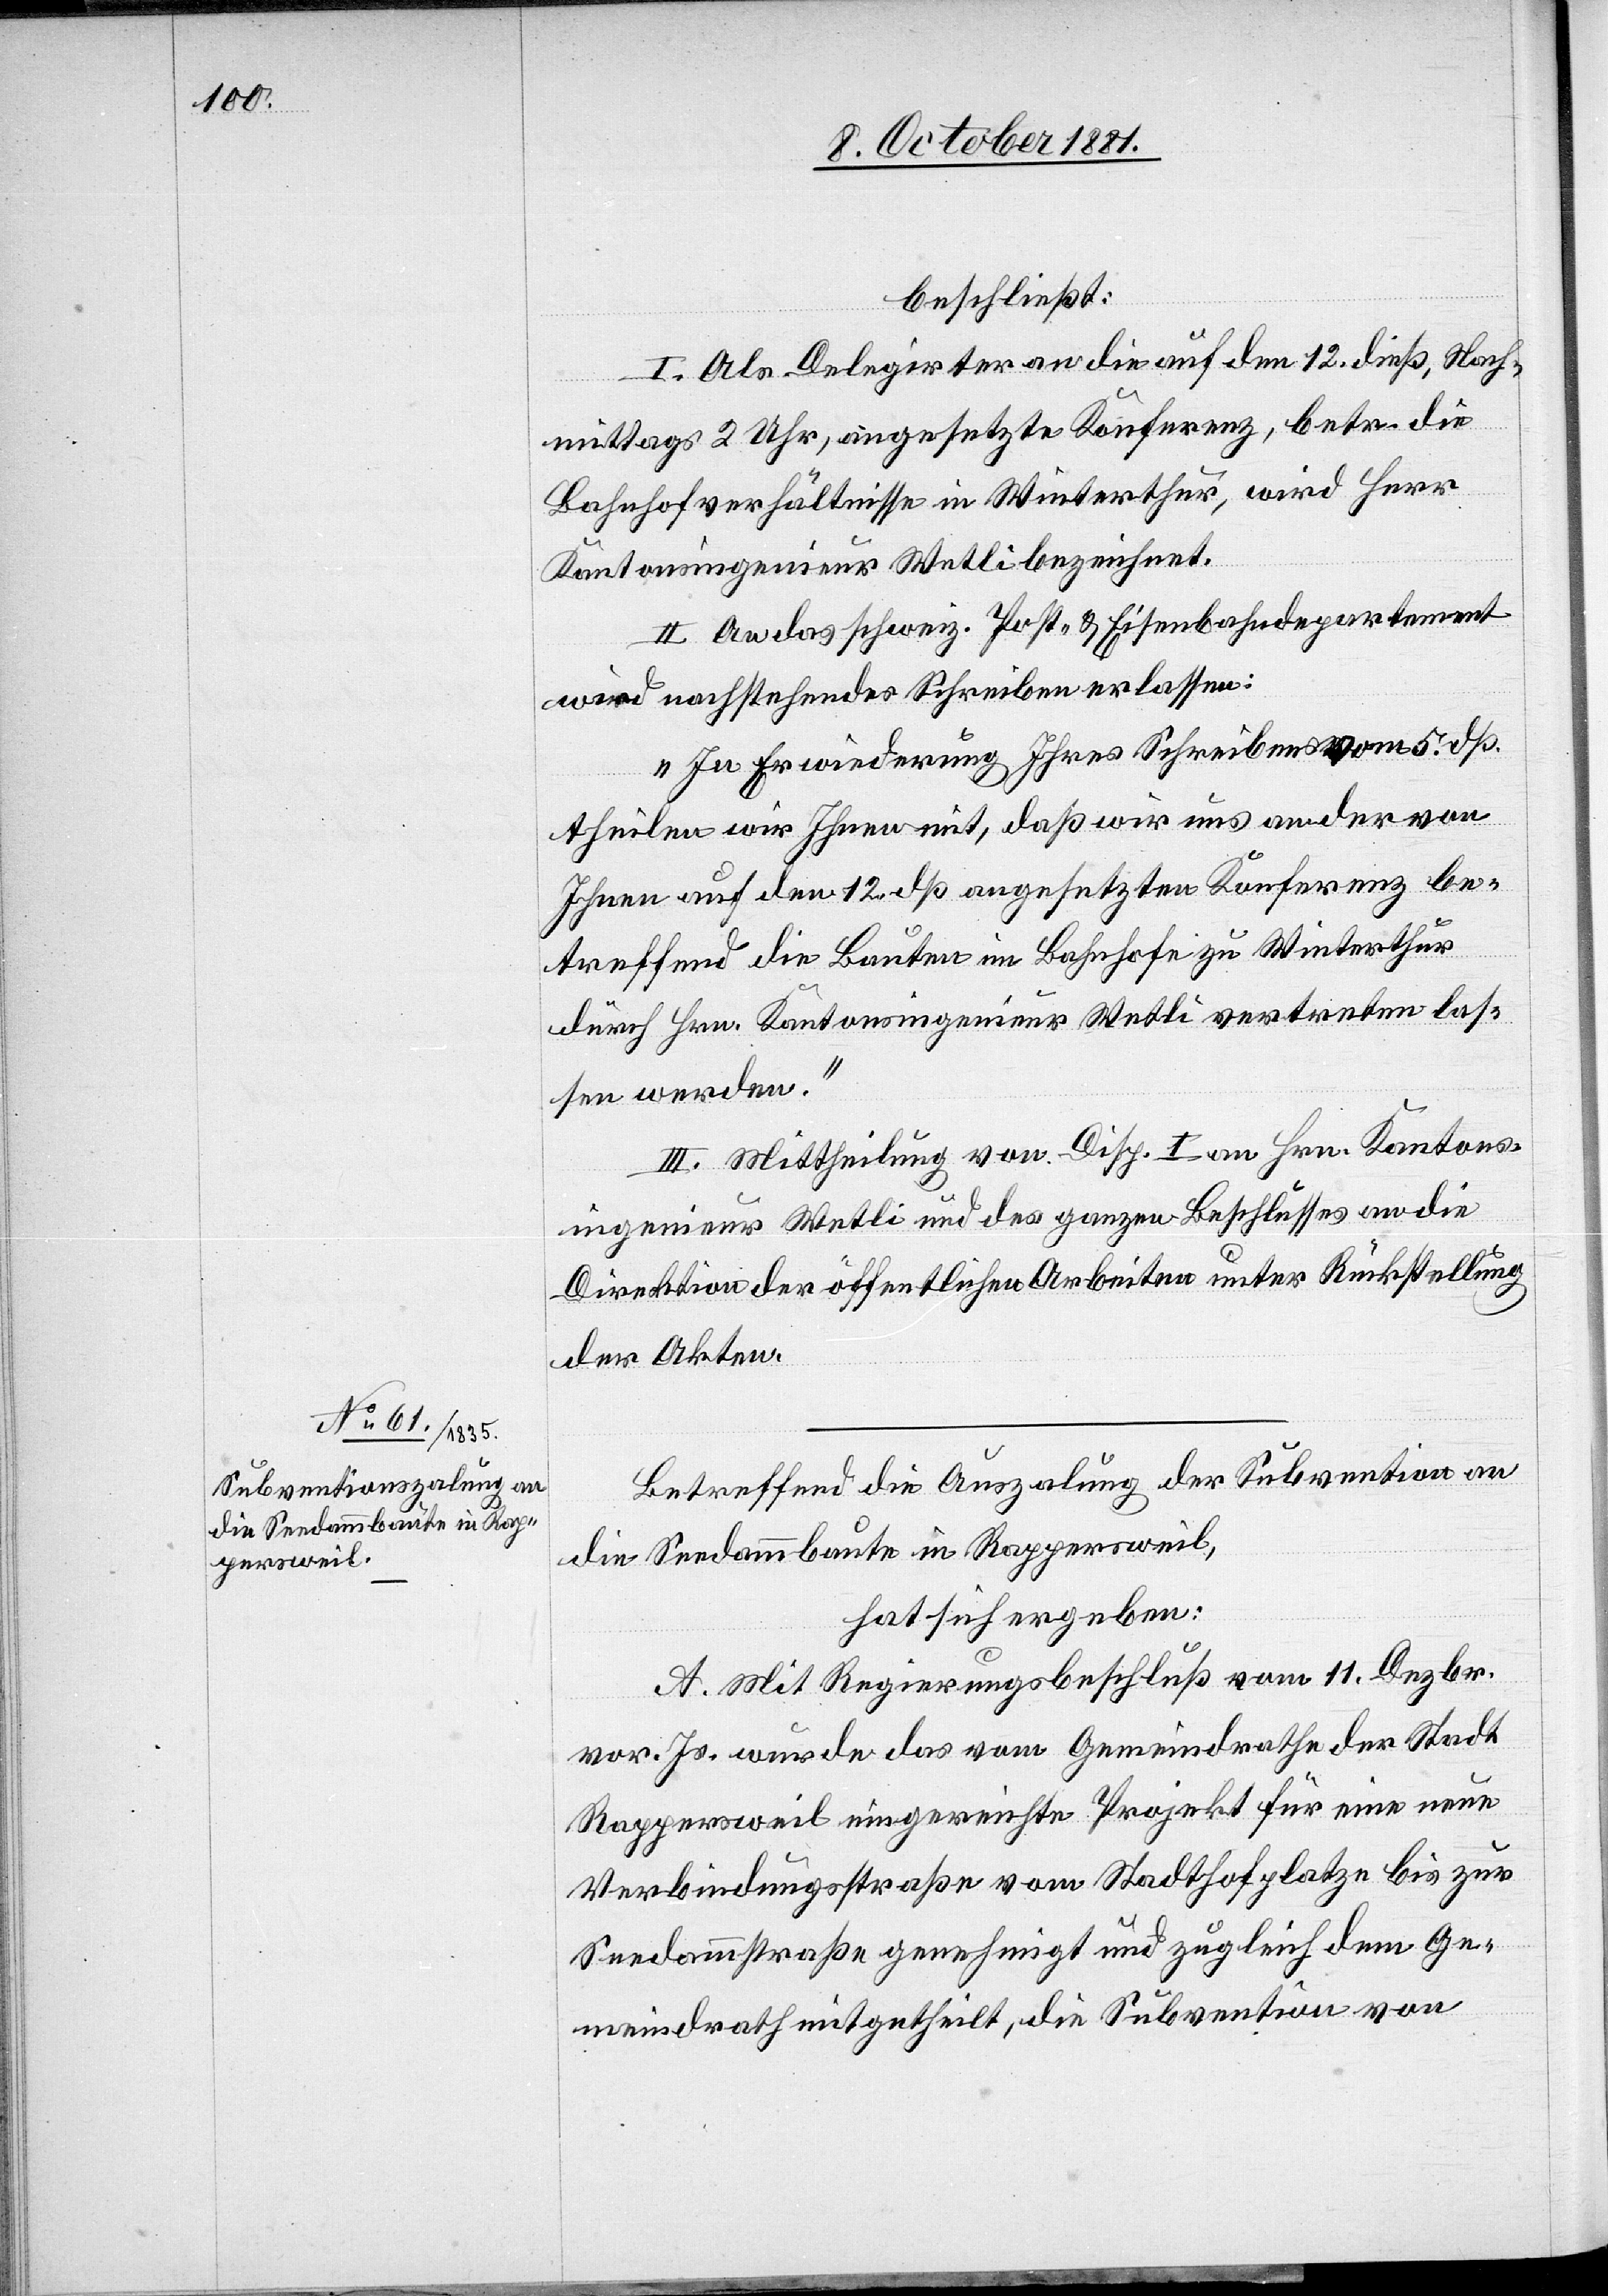
beschließt:
I. Als Delegirter an die auf den 12. dieß, Nach¬
mittags 2 Uhr, angesetzte Konferenz, betr. die
Bahnhofverhältnisse in Winterthur, wird Herr
Kantonsingenieur Wetli bezeichnet.
II. An das schweiz. Post- & Eisenbahndepartement
wird nachstehendes Schreiben erlassen:
„In Erwiederung Ihres Schreibens vom 5. dß.
theilen wir Ihnen mit, daß wir uns an der von
Ihnen auf den 12. dß angesetzten Konferenz be¬
treffend die Bauten im Bahnhofe zu Winterthur
durch Hrn. Kantonsingenieur Wetli vertreten las¬
sen werden.“
III. Mittheilung von Disp. I an Hrn. Kantons¬
ingenieur Wetli und des ganzen Beschlusses an die
Direktion der öffentlichen Arbeiten unter Rückstellung
der Akten.
Betreffend die Auszalung der Subvention an
die Seedammbaute in Rappersweil,
hat sich ergeben:
A. Mit Regierungsbeschluß vom 11. Dezbr.
vor. Js. wurde das vom Gemeindrathe der Stadt
Rappersweil eingereichte Projekt für eine neue
Verbindungsstraße vom Stadthofplatze bis zur
Seedammstraße genehmigt und zugleich dem Ge¬
meindrath mitgetheilt, die Subvention von